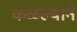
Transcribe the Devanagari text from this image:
कळल्याने